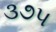
૩૭૫